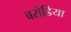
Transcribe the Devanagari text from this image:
बरोडिया